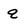
Character: q